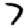
Digit: 7